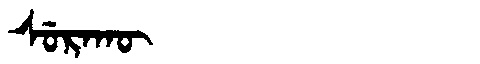
Manchu: ᠰᡠᡵᠠᡴᡡ
Romanization: SURAKŪ